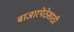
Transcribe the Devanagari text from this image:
बाजारपेठेसाठी